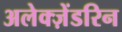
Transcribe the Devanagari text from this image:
अलेक्ज़ेंडरिन